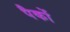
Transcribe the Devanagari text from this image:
पैकों